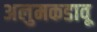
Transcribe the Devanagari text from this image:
अलुमकडावू